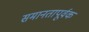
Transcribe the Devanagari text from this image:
समानतापूर्वक